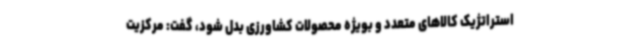
استراتژیک کالاهای متعدد و بویژه محصولات کشاورزی بدل شود، گفت: مرکزیت